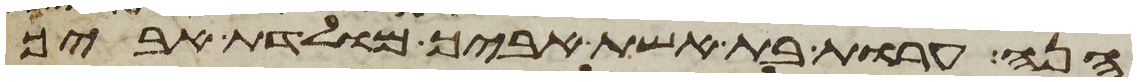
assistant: הנה ערות בת אשת אביך מולדת אביך